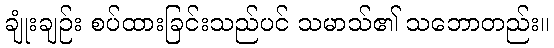
ချုံးချဉ်း စပ်ထားခြင်းသည်ပင် သမာသ်၏ သဘောတည်း။